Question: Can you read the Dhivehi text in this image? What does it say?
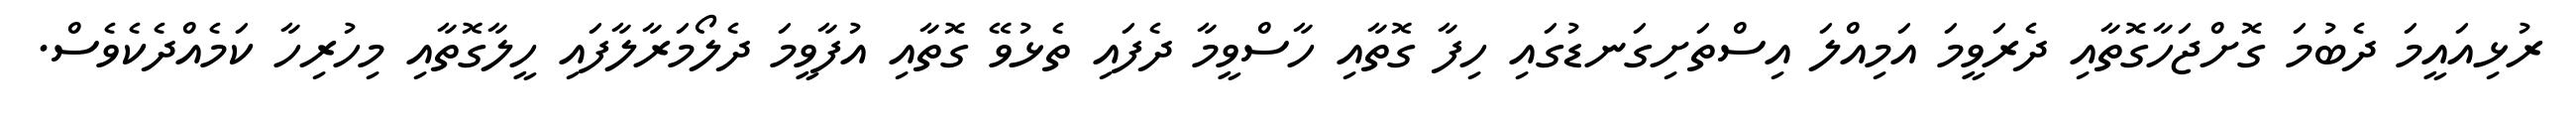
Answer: ރުޅިއައީމަ ދެބުމަ ގޮށްޖަހާގޮތާއި ދެރަވީމަ އަމިއްލަ އިސްތަށިގަނޑުގައި ހިފާ ގޮތާއި ހާސްވީމާ ދެފައި ތެޅުވޭ ގޮތާއި އުފާވީމަ ދެލޯމަރާލާފައި ހީލާގޮތާއި މިހުރިހާ ކަމެއްދެކެވެސް.